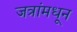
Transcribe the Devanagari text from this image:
जत्रांमधून